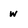
Character: w